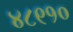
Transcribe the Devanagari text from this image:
४८९१०